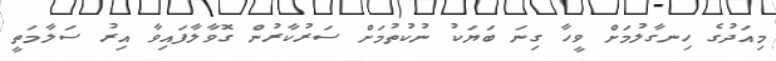
މިއަދުގެ ހިނގާލުމަށް ވީހާ ގިނަ ބަޔަކު ނުކުތުމަށް ސަރުކާރުން ގޮވާލާފައިވާ އިރު ސަލާމަތީ